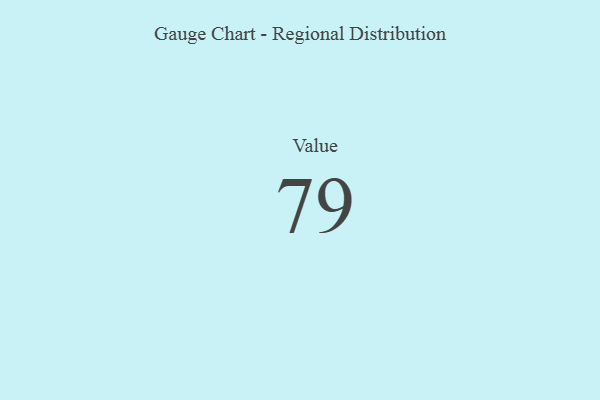
{"axis": {"x": "Metric", "y": "Value"}, "legend": [""], "data": [{"x": "Value", "y": 79, "type": ""}]}